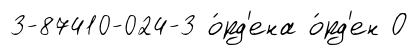
3-87410-024-3 о́рд'ена о́рд'ен О